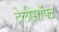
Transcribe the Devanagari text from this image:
टेलीसॉफ्ट